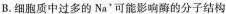
B.细胞质中过多的Na^{+}可能影响酶的分子结构